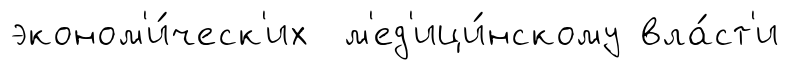
эконом'и́ческ'их м'ед'ици́нскому вла́ст'и